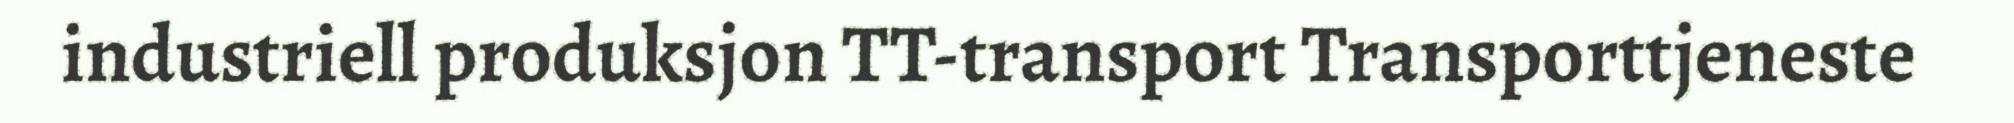
industriell produksjon TT-transport Transporttjeneste